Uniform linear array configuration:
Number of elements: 12
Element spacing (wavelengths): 0.25
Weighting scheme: blackman
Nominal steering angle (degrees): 45
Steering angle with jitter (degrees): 46.486
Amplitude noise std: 0.05
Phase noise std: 0.05

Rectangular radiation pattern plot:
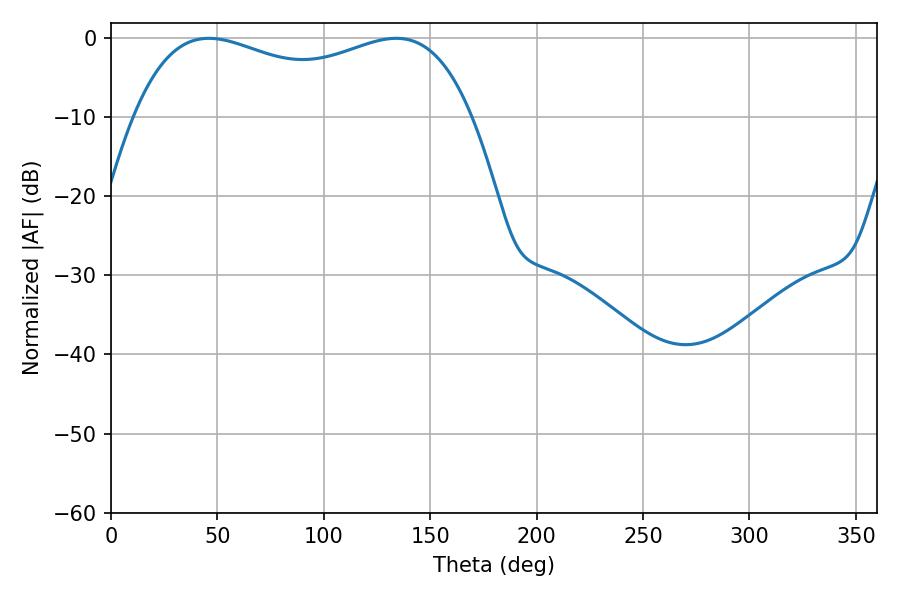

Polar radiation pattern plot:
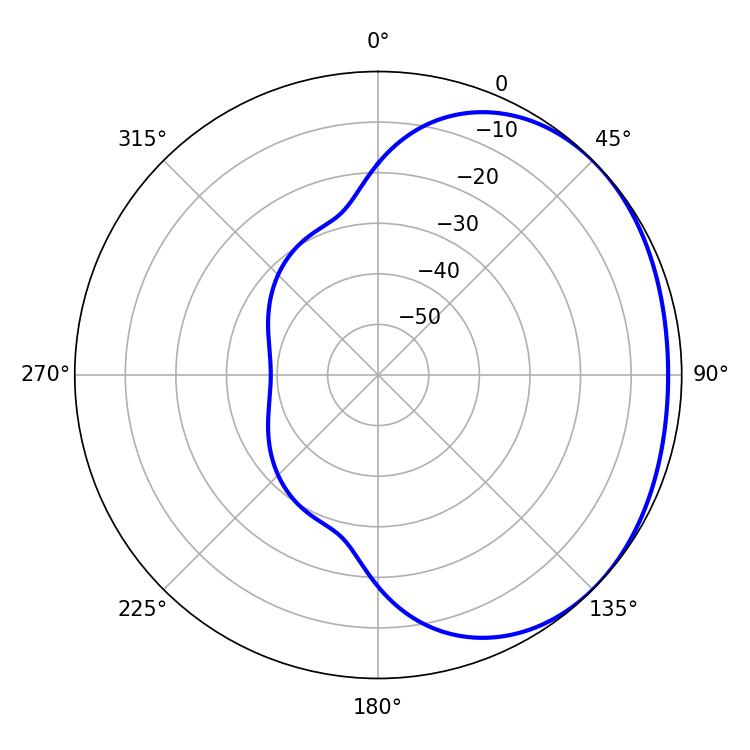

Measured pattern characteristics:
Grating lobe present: FALSE
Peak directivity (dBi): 1.498
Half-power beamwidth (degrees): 130.32
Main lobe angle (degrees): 45.9